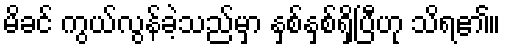
မိခင် ကွယ်လွန်ခဲ့သည်မှာ နှစ်နှစ်ရှိပြီဟု သိရ၏။